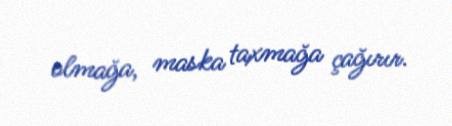
olmağa, maska taxmağa çağırır.